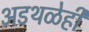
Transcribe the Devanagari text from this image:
अडथळेही